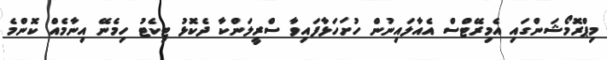
މިޕްރޮމޯޝަންގައި އެމިރޭޓްސް އެއާލައިނުން ހުށަހަޅާފައިވާ ސްރީލަންކާ ދެކޮޅު ޓިކެޓު ހިމެނޭ އިނާމެއް ކޮންމެ